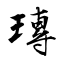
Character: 瑼